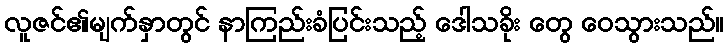
လူဇင်၏မျက်နှာတွင် နာကြည်းခံပြင်းသည့် ဒေါသခိုး တွေ ဝေသွားသည်။